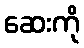
ဆေးကို